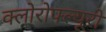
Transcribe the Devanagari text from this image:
क्लोरोफ्ल्यूरो